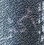
أكثر